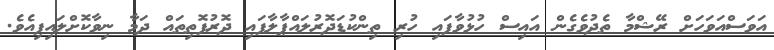
އަވަސްއަވަހަށް ރޭޝްމާ ތެދުވެގެން އައިސް ހުޅުވާފައި ހުރި ތިންކުޑަދޮރުލައްޕާލާފައި ދޮރުފޮތިތައް ދަމާ ނިވާކޮށްލައިފިއެވެ.